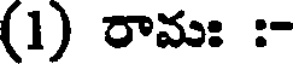
(1) రామః :-